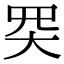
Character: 𡗽